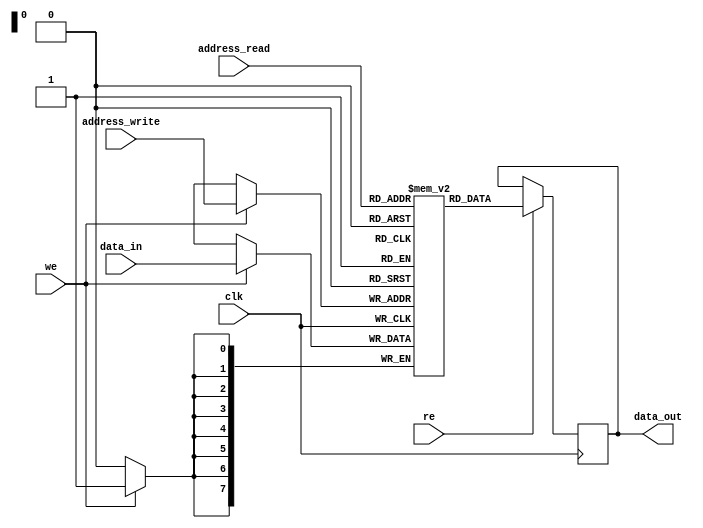
module DP_RAM (clk,we,re,address_read,address_write,data_in,data_out);

parameter address_width=8;
parameter data_width=8;
parameter num_words=205;

input clk,we,re;
input [address_width-1:0] address_read,address_write;
input [data_width-1:0] data_in;
output [data_width-1:0] data_out;

reg [data_width-1:0] data_out;
reg [data_width-1:0] mem [0:num_words-1];

integer		i;
	initial
	begin
		for (i=0;i<num_words;i=i+1)
			mem[i] = 0;
	end 

always @ (posedge(clk))
begin
	if (we==1'b1)
		begin
			mem[address_write]<= data_in;
		end
	if (re==1'b1)
		begin
			data_out<=mem[address_read];
		end
end

endmodule